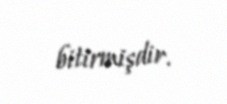
bitirmişdir.